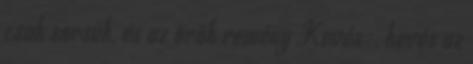
csak sorsuk, és az örök remény Kevés-, kevés az